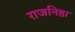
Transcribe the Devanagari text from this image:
राजनिष्ठा